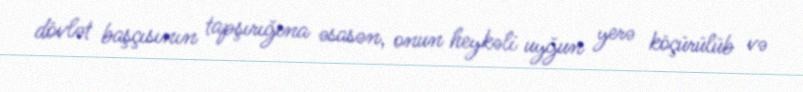
dövlət başçısının tapşırığına əsasən, onun heykəli uyğun yerə köçürülüb və